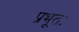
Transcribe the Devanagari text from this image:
प्रभूतः